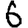
Digit: 6